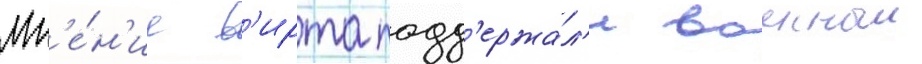
Мн'е́н'ие в'ирта подд'ержа́л'и военныи